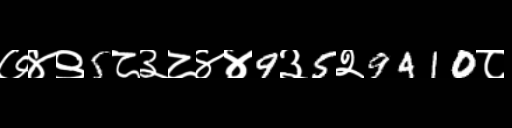
Text: ७४९5८३८४४9३5२9410८